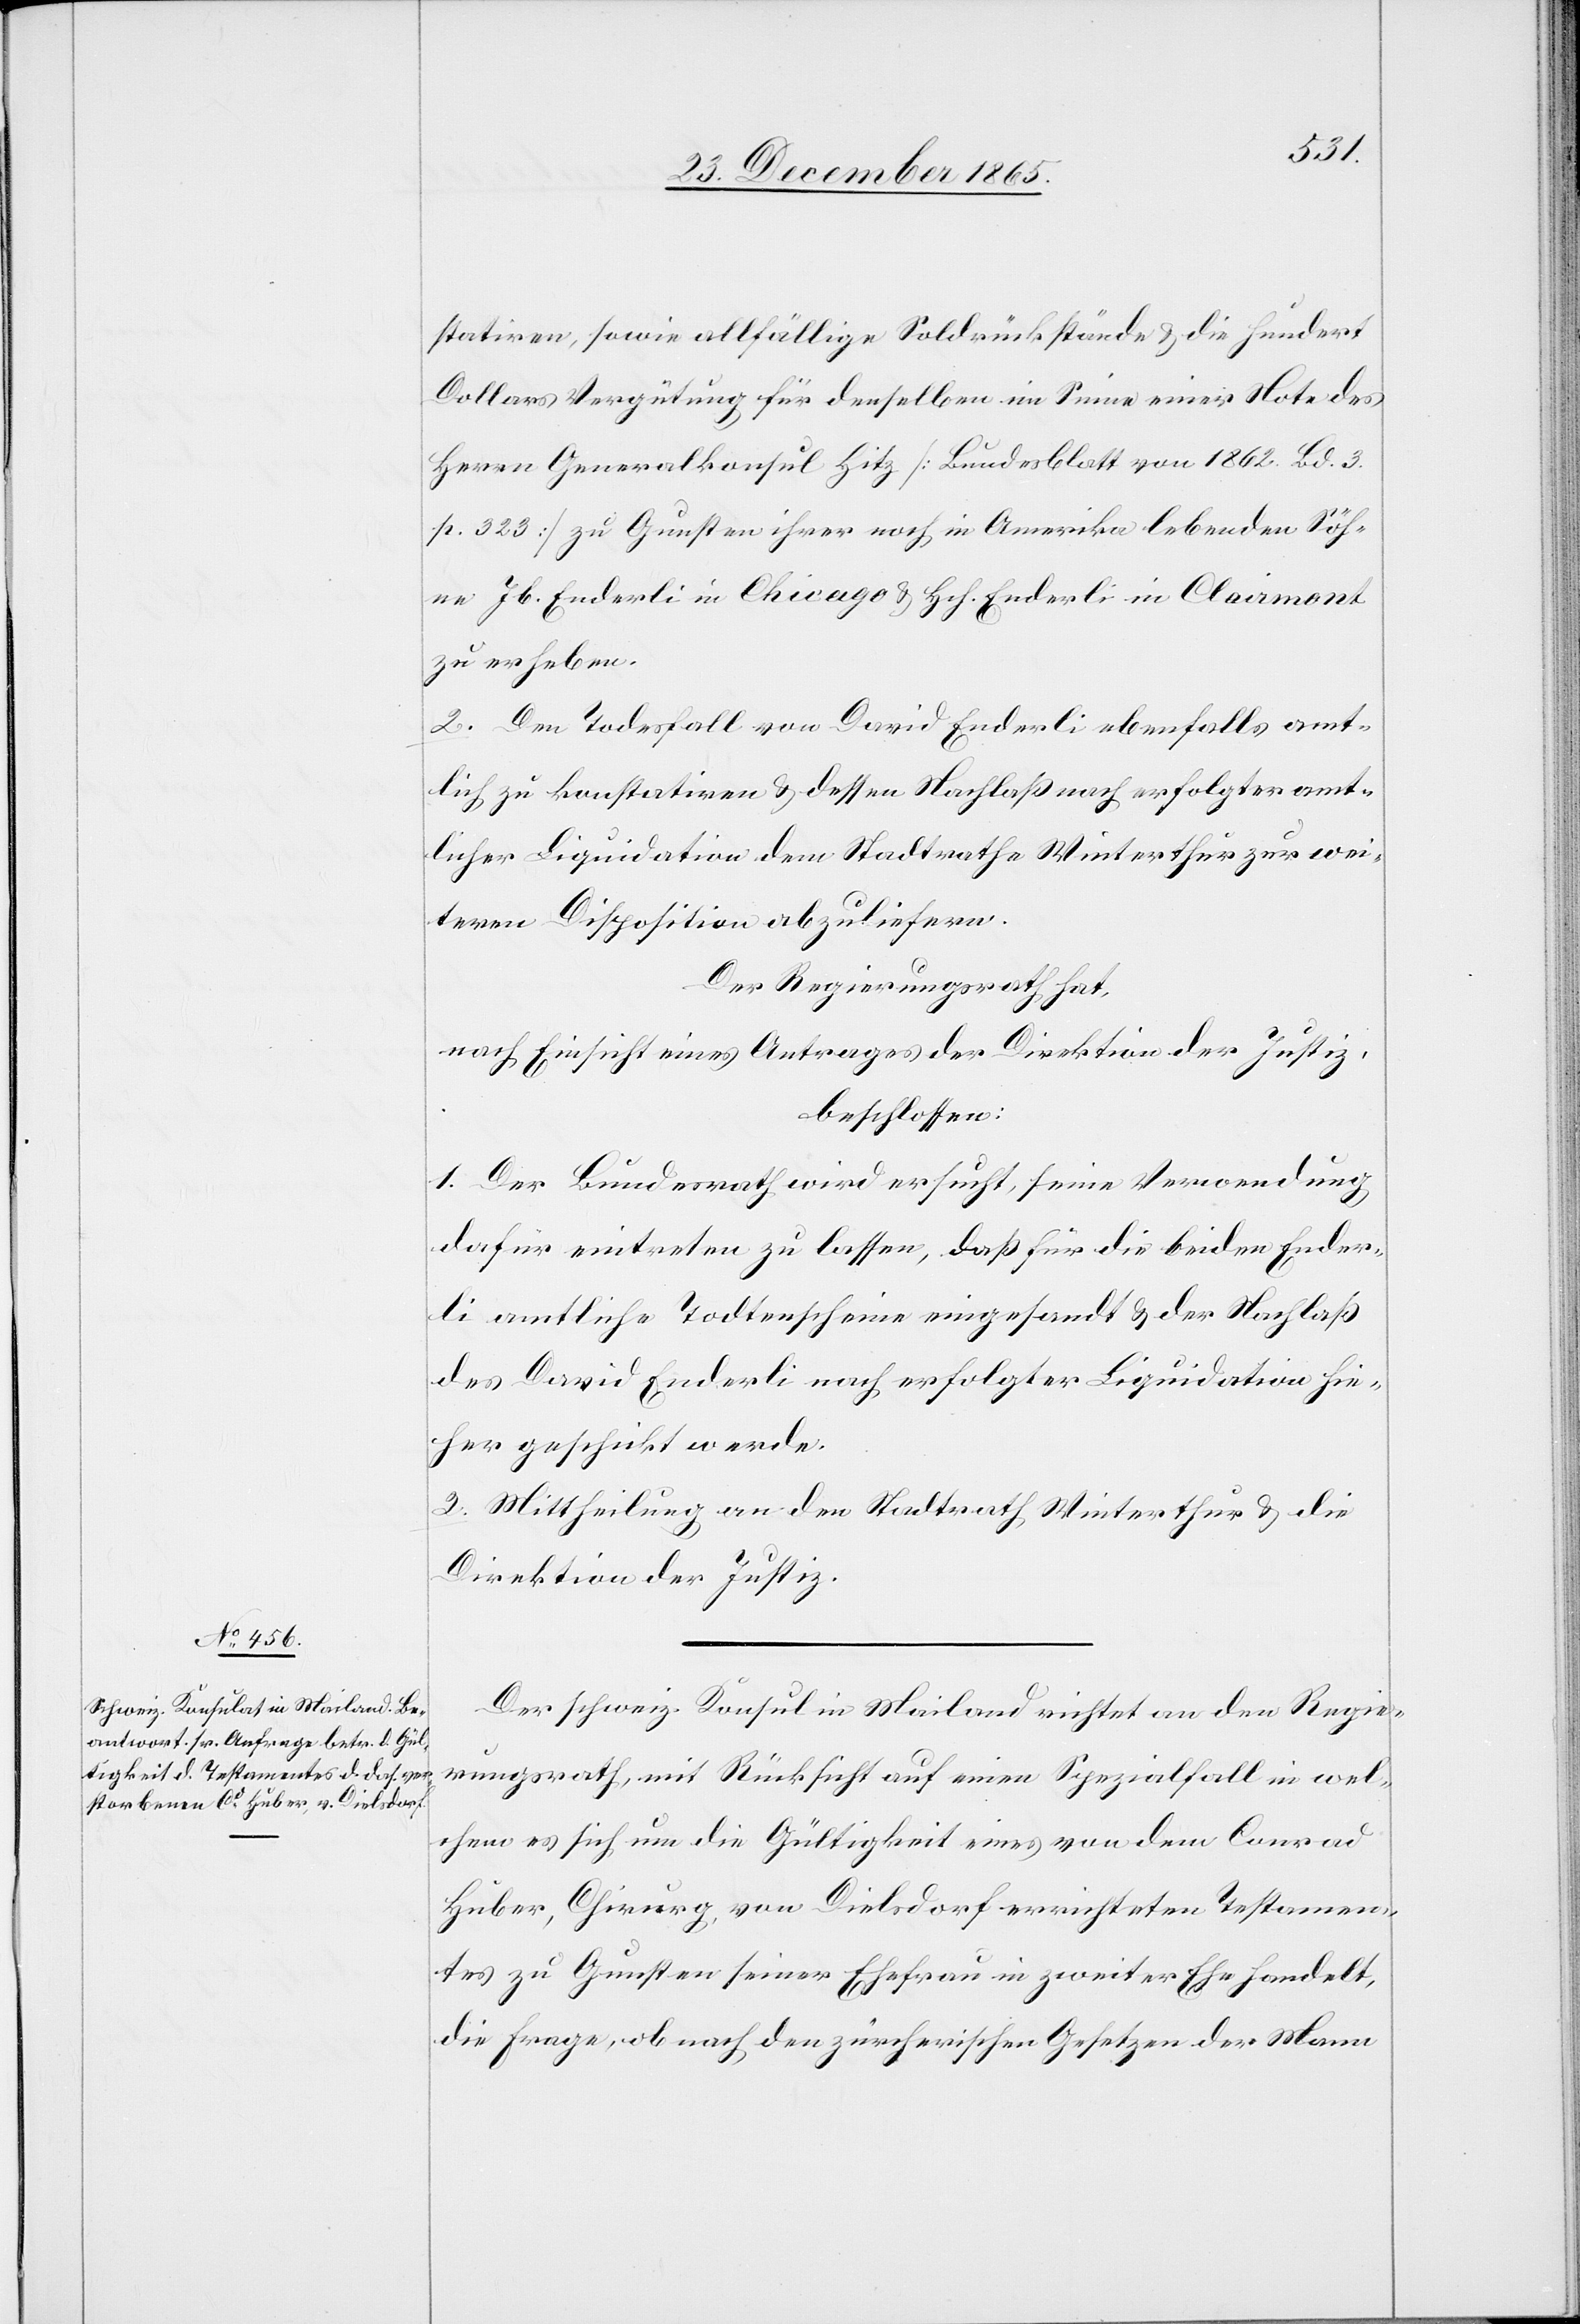
statiren, sowie allfällige Soldrückstände & die hundert
Dollars Vergütung für denselben im Sinne einer Note des
Herrn Generalkonsul Hitz [Bundesblatt von 1862. Bd. 3
p. 323] zu Gunsten ihrer noch in Amerika lebenden Söh¬
ne Jb. Enderli in Chicago & Hch. Enderli in Clairmont
zu erheben.
2. Den Todesfall von David Enderli ebenfalls amt¬
lich zu konstatiren & dessen Nachlaß nach erfolgter amt¬
licher Liquidation dem Stadtrathe Winterthur zur wei¬
teren Disposition abzuliefern.
Der Regierungsrath hat,
nach Einsicht eines Antrages der Direktion der Justiz,
beschlossen:
1. Der Bundesrath wird ersucht, seine Verordnung
dafür eintreten zu lassen, daß für die beiden Ender¬
li amtliche Todtenscheine eigesandt & der Nachlaß
des David Enderli nach erfolgter Liquidation hie¬
her geschickt werde.
2. Mittheilung an den Stadtrath Winterthur & die
Direktion der Justiz.
Der schweiz. Konsul in Mailand richtet an den Regie¬
rungsrath, mit Rücksicht auf einen Spezialfall in wel¬
chem es sich um die Gültigkeit eines von dem Conrad
Huber, Chirurg, von Dielsdorf errichteten Testamen¬
tes zu Gunsten seiner Ehefrau in zweiter Ehe handelt,
die Frage, ob nach den zürcherischen Gesetzen der Mann